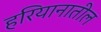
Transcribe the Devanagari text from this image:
हरियानातील